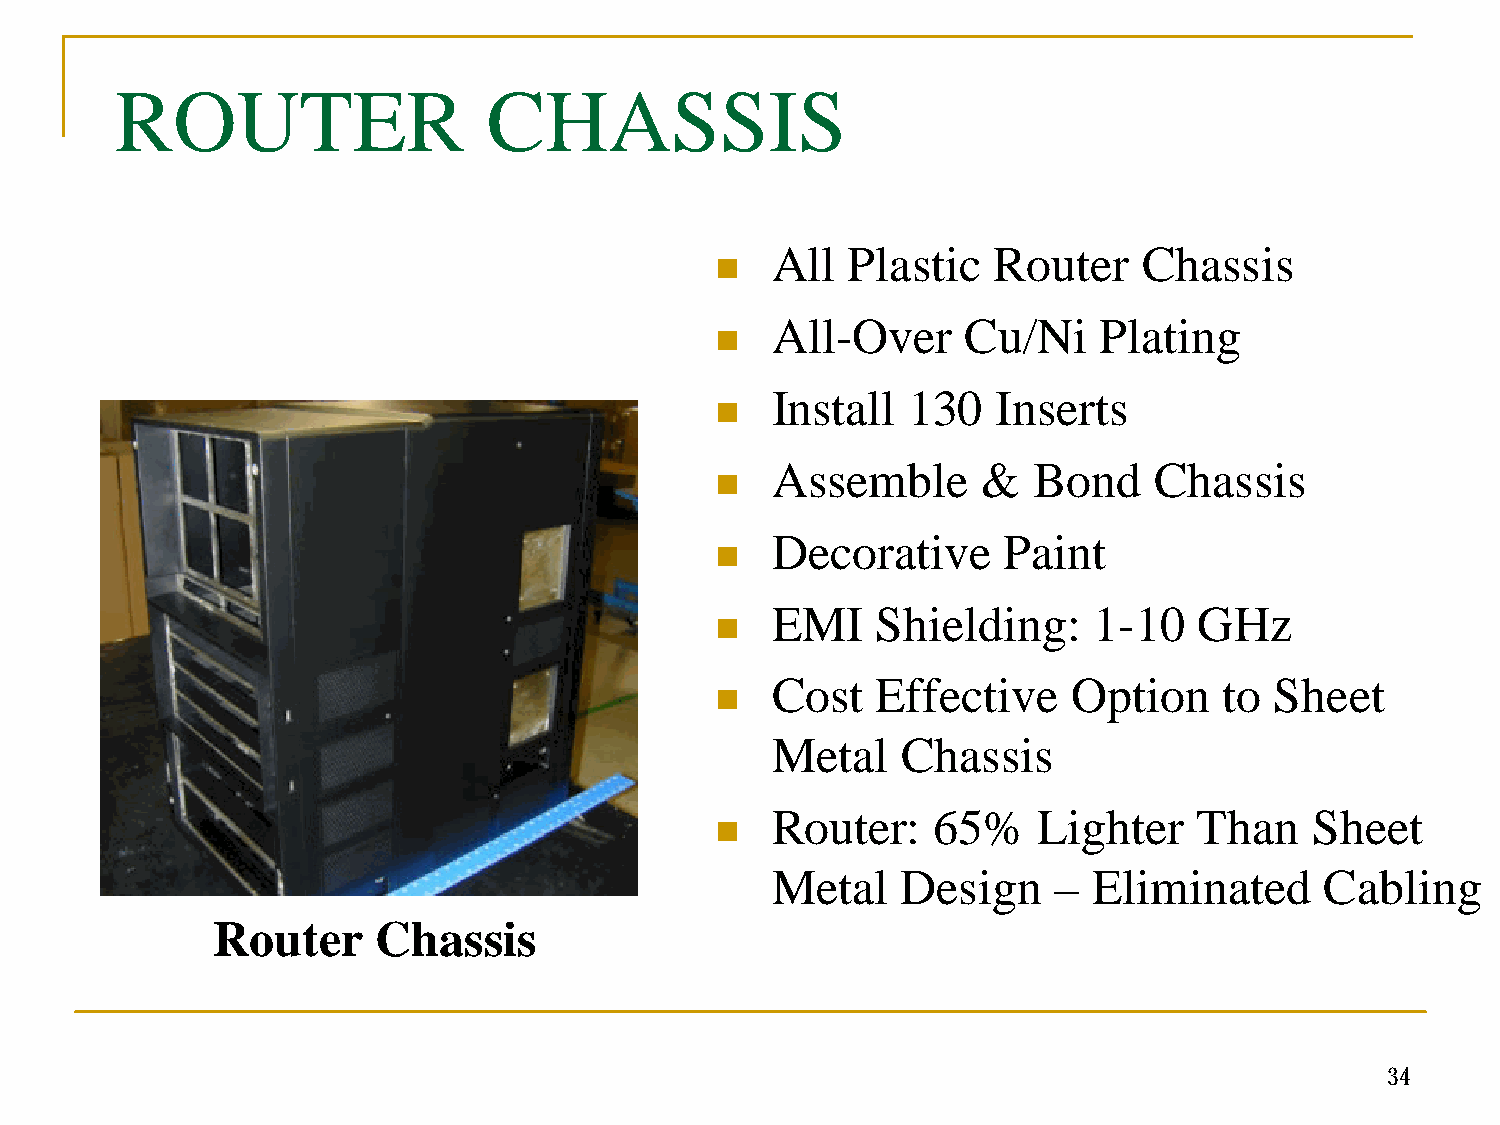
ROUTER                  CHASSIS
 All  Plastic   Router    Chassis
 n
 All-Over     Cu/Ni    Plating
 n
 Install  130   Inserts
 n
 Assemble      &  Bond    Chassis
 n
 Decorative     Paint
 n
 EMI    Shielding:    1-10   GHz
 n
 Cost   Effective    Option    to Sheet
 n
 Metal    Chassis
 Router:    65%    Lighter   Than    Sheet
 n
 Metal    Design    – Eliminated      Cabling
 Router     Chassis
 34